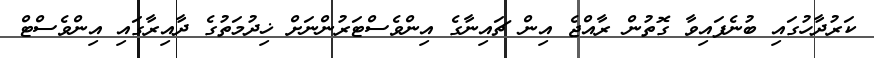
ކަރުދާހުގައި ބުނެފައިވާ ގޮތުން ރާއްޖެ އިން ޗައިނާގެ އިންވެސްޓަރުންނަށް ޚިދުމަތުގެ ދާއިރާގައި އިންވެސްޓް